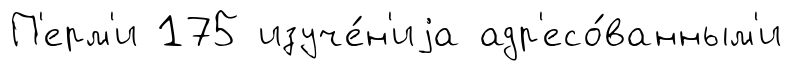
П'ерм'и 175 изуче́н'иjа адр'есо́ванным'и